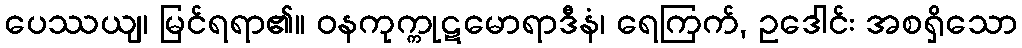
ပေဿယျ၊ မြင်ရရာ၏။ ဝနကုက္ကုဋမောရာဒီနံ၊ ရေကြက်, ဥဒေါင်း အစရှိသော